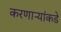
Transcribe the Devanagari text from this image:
करणाऱ्यांकडे